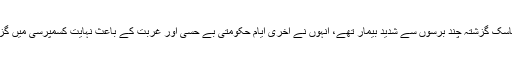
نثار ناسک گزشتہ چند برسوں سے شدید بیمار تھے، انہوں نے آخری ایام حکومتی بے حسی اور غربت کے باعث نہایت کسمپرسی میں گزارے۔